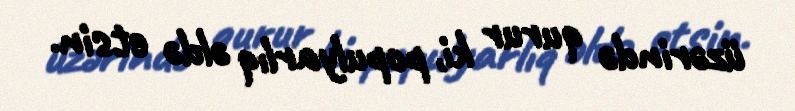
üzərində qurur ki, populyarlıq əldə etsin.